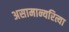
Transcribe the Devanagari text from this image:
असामान्यरित्या